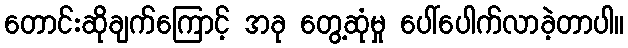
တောင်းဆိုချက်ကြောင့် အခု တွေ့ဆုံမှု ပေါ်ပေါက်လာခဲ့တာပါ။